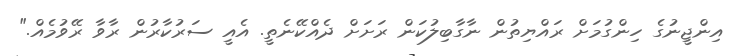
އިންޖީނުގެ ހިންގުމަށް ރައްޔިތުން ނާގާބިލުކަން ރަށަށް ދެއްކޭނެތީ. އެއީ ސަރުކާރުން ރާވާ ރޭވުމެއް."